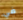
في